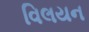
વિલયન